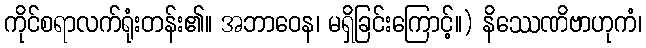
ကိုင်စရာလက်ရုံးတန်း၏။ အဘာဝေန၊ မရှိခြင်းကြောင့်။) နိဿေဏိဗာဟုကံ၊